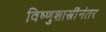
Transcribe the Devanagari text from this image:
विष्णुशास्त्रींनंतर